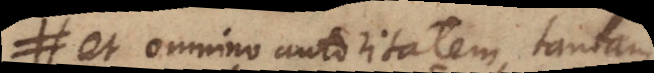
et omnino autoritatem tantam